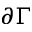
\partial \Gamma